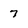
Character: 7